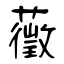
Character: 藢